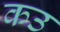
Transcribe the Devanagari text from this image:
कउ